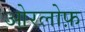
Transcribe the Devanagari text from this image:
ओरलोफ़